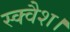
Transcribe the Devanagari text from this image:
स्क्वैश।